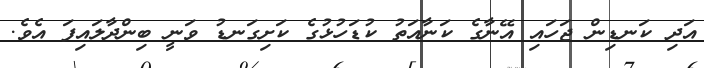
އަދި ކަނޑިން ޖަހައި އޭނާގެ ކަނާއަތު ކުޑަހުޅުގެ ކަށިގަނޑު ވަނީ ބިންދާލައިފަ އެވެ.